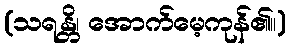
(သရန္တိ၊ အောက်မေ့ကုန်၏။)